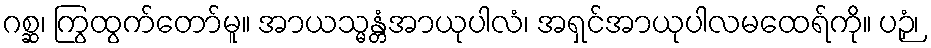
ဂစ္ဆ၊ ကြွထွက်တော်မူ။ အာယသ္မန္တံအာယုပါလံ၊ အရှင်အာယုပါလမထေရ်ကို။ ပဉှံ၊